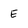
Character: E